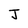
Character: J